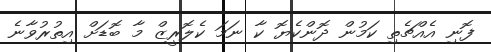
ފޮނި އެއްޗެތި ކަމުން ދޮންކެޔޮ ކާ ނަމަ ކެލޮރީޒް މާ ބޮޑަށް އިތުރުވާނެ